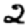
Digit: 2